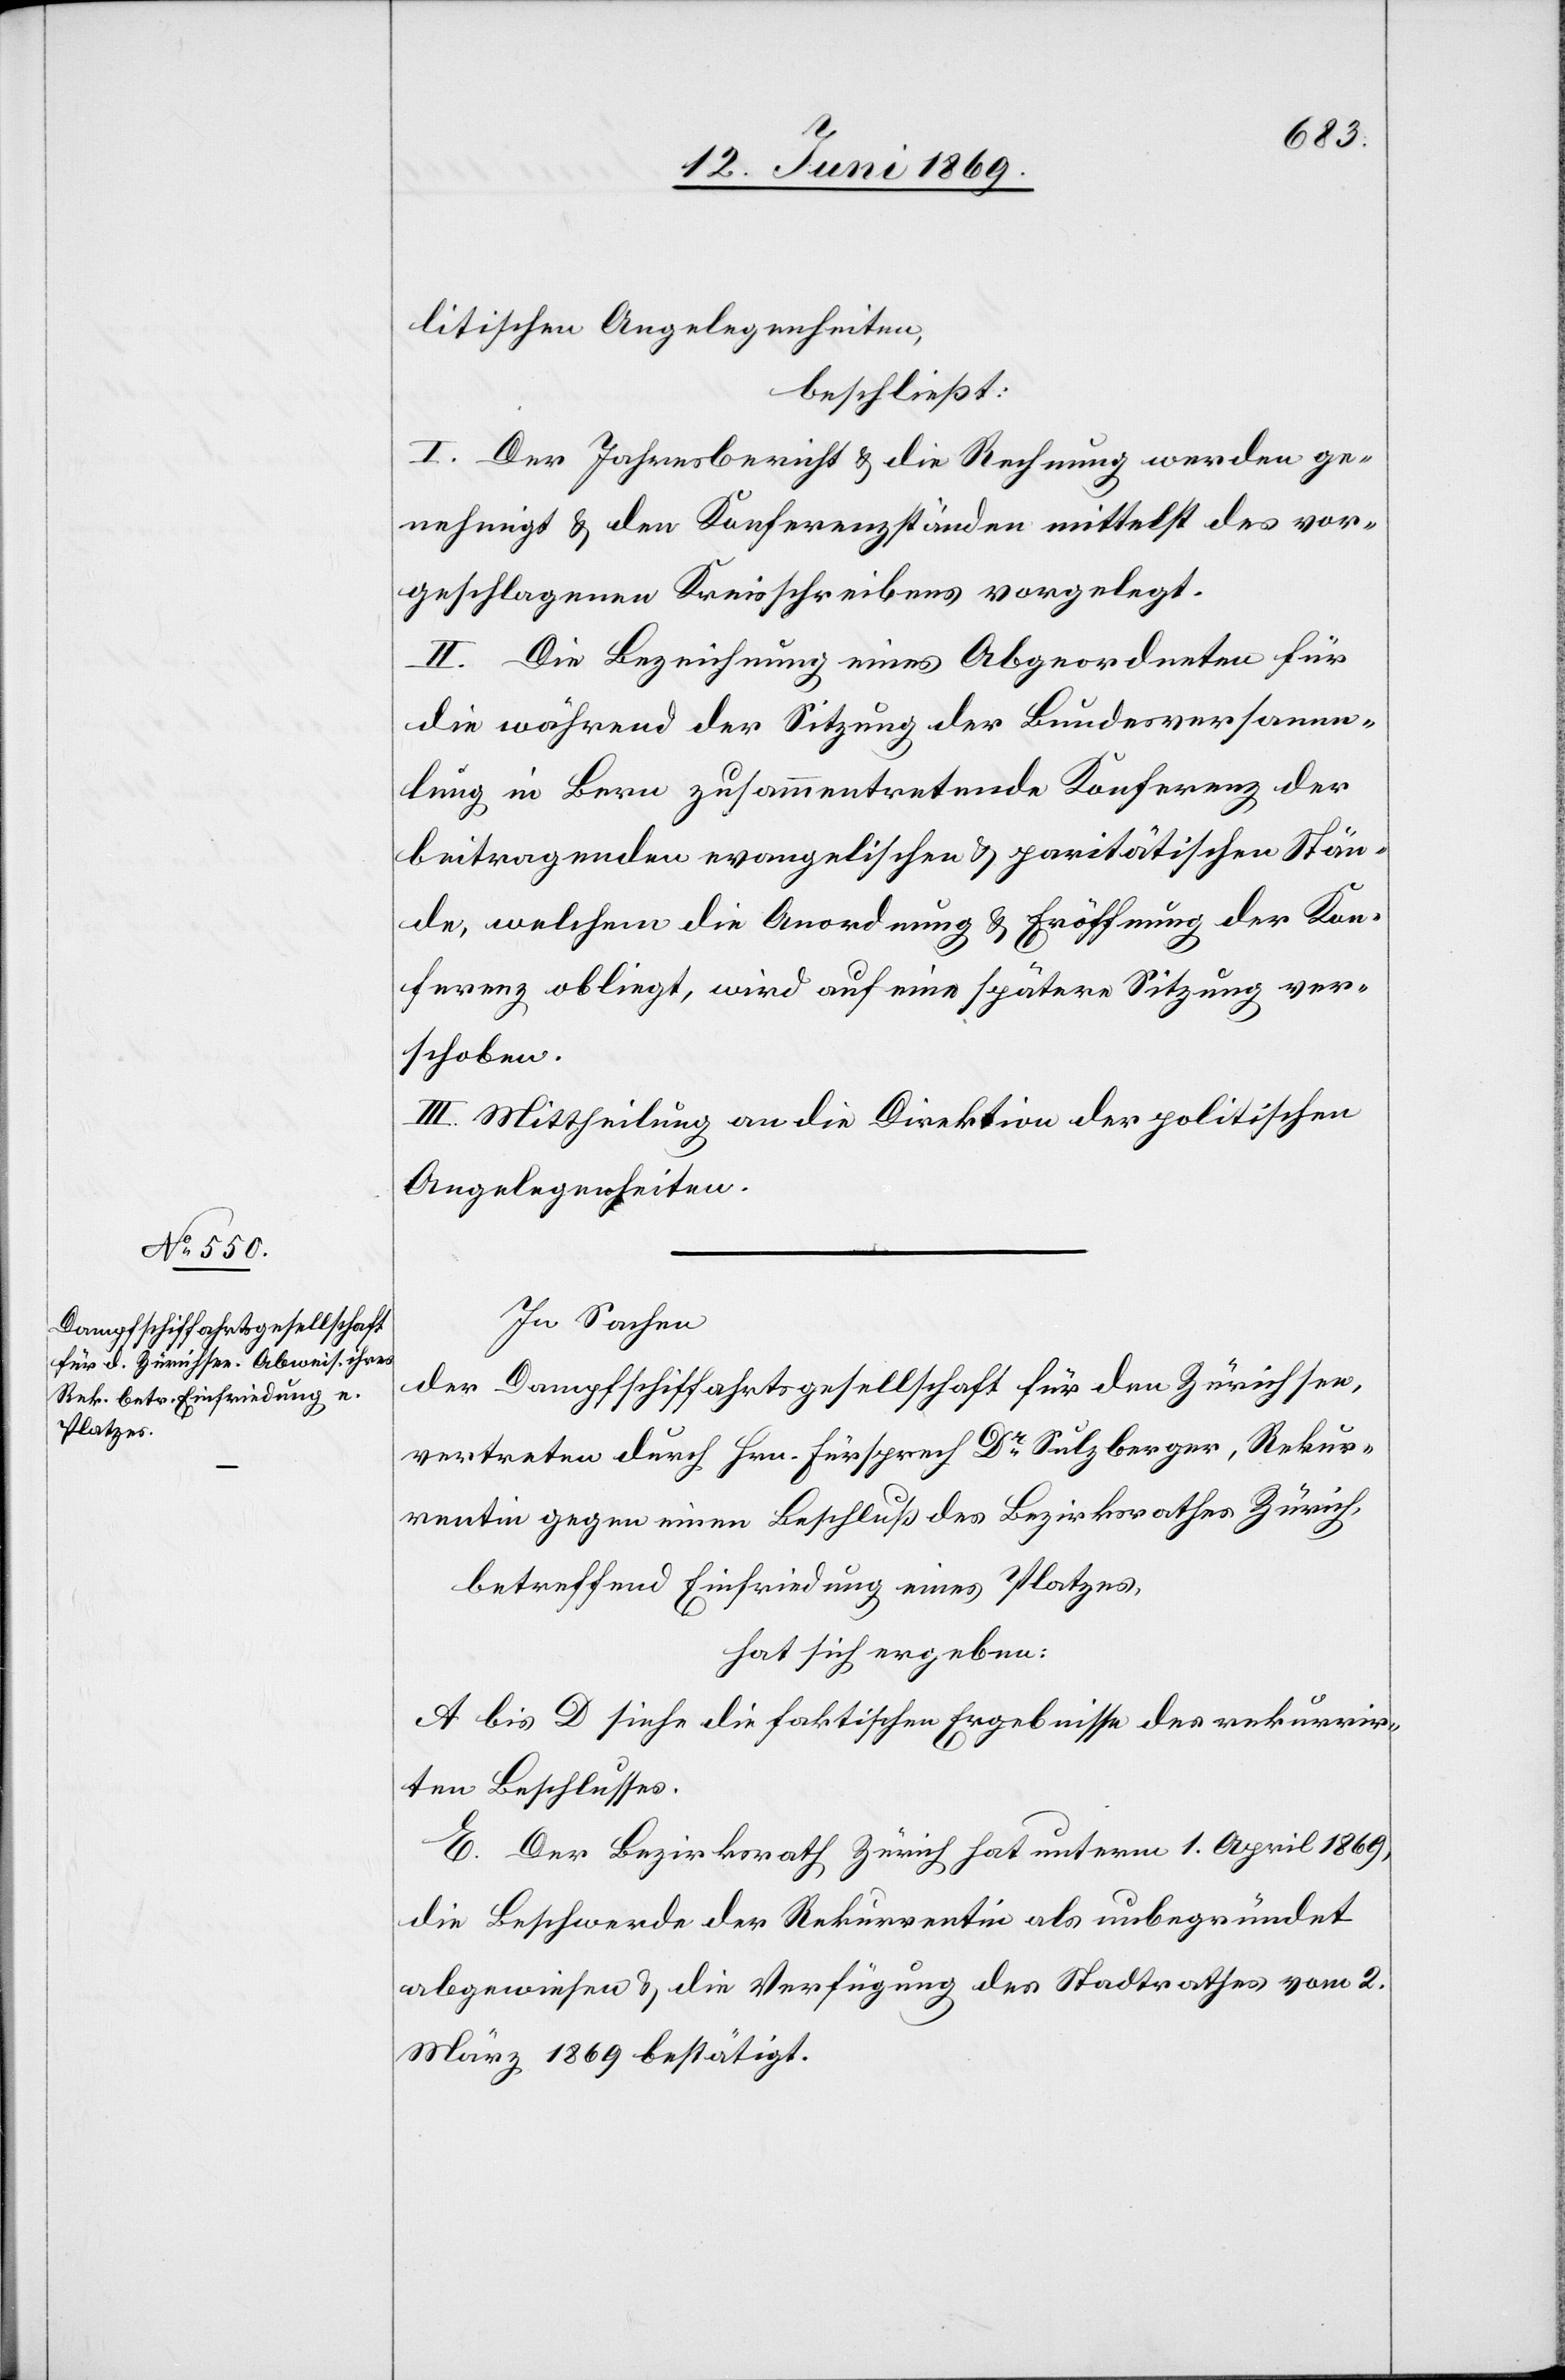
litischen Angelegenheiten,
beschließt:
I. Der Jahresbericht u. die Rechnung werden ge¬
nehmigt u. den Konferenzständen mittelst des vor¬
geschlagenen Kreisschreibens vorgelegt.
II. Die Bezeichnung eines Abgeordneten für
die während der Sitzung der Bundesversamm¬
lung in Bern zusammentretende Konferenz der
beitragenden evangelischen u. parietätischen Stän¬
de, welchem die Anordnung u. Eröffnung der Kon¬
ferenz obliegt, wird auf eine spätere Sitzung ver¬
schoben.
III. Mittheilung an die Direktion der politischen
Angelegenheiten.
In Sachen
der Dampfschiffahrtgesellschaft für den Zürichsee,
vertreten durch Hrn. Fürsprech Dr Sulzberger, Rekur¬
rentin gegen einen Beschluß des Bezirksrathes Zürich,
betreffend Einfriedung eines Platzes,
hat sich ergeben:
A bis D siehe die faktischen Ergebnisse des rekurrir¬
ten Beschlusses.
E. Der Bezirksrath Zürich hat unterm 1. April 1869,
die Beschwerde der Rekurrentin als unbegründet
abgewiesen u. die Verfügung des Stadtrathes vom 2.
März 1869 bestätigt.